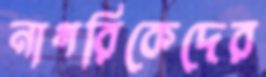
নাগরিকেদের